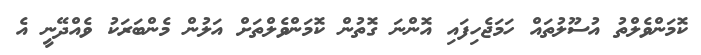
ކޮމަންވެލްތު އުސޫލުތައް ހަމަޖެހިފައި އޮންނަ ގޮތުން ކޮމަންވެލްތަށް އަލުން މެންބަރަކު ވެއްދޭނީ އެ